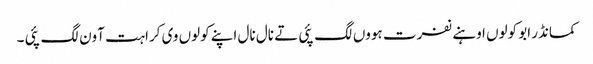
کمانڈر ابو کولوں اوہنے نفرت ہووں لگ پئی تے نال نال اپنے کولوں وی کراہت آون لگ پئی ۔